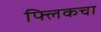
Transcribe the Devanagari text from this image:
फ्लिकचा